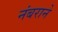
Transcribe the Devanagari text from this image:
नंबराने